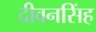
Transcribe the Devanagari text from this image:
दीवनसिंह